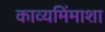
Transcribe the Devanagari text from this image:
काव्यमिंमाशा